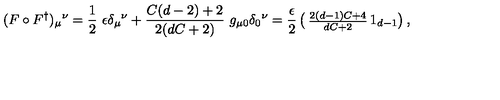
( F \circ F ^ { \dag } ) _ { \mu } { } ^ { \nu } = \frac { 1 } { 2 } \ \epsilon \delta _ { \mu } { } ^ { \nu } + \frac { C ( d - 2 ) + 2 } { 2 ( d C + 2 ) } \ g _ { \mu 0 } \delta _ { 0 } { } ^ { \nu } = \frac { \epsilon } { 2 } \left( \begin{matrix} { \frac { 2 ( d - 1 ) C + 4 } { d C + 2 } } & { } \\ { } & { 1 _ { d - 1 } } \\ \end{matrix} \right) ,